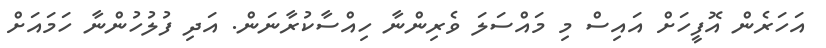
އަހަރެން އޮފީހަށް އައިސް މި މައްސަލަ ވެރިންނާ ހިއްސާކުރާނަން. އަދި ފުލުހުންނާ ހަމައަށް